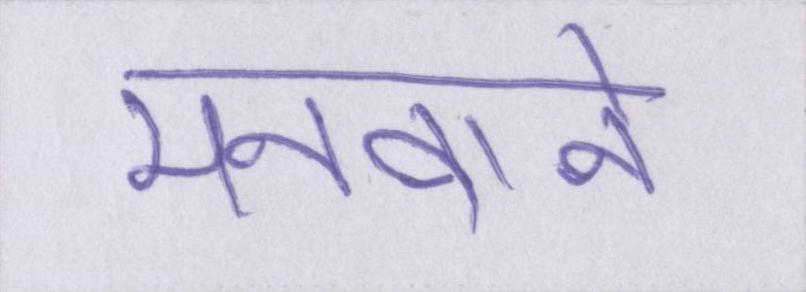
मनवाने